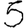
Digit: 5